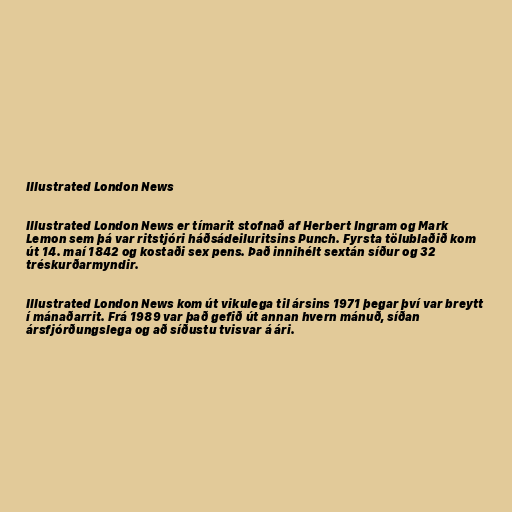
Illustrated London News

Illustrated London News er tímarit stofnað af Herbert Ingram og Mark
Lemon sem þá var ritstjóri háðsádeiluritsins Punch. Fyrsta tölublaðið kom
út 14. maí 1842 og kostaði sex pens. Það innihélt sextán síður og 32
tréskurðarmyndir.

Illustrated London News kom út vikulega til ársins 1971 þegar því var breytt
í mánaðarrit. Frá 1989 var það gefið út annan hvern mánuð, síðan
ársfjórðungslega og að síðustu tvisvar á ári.